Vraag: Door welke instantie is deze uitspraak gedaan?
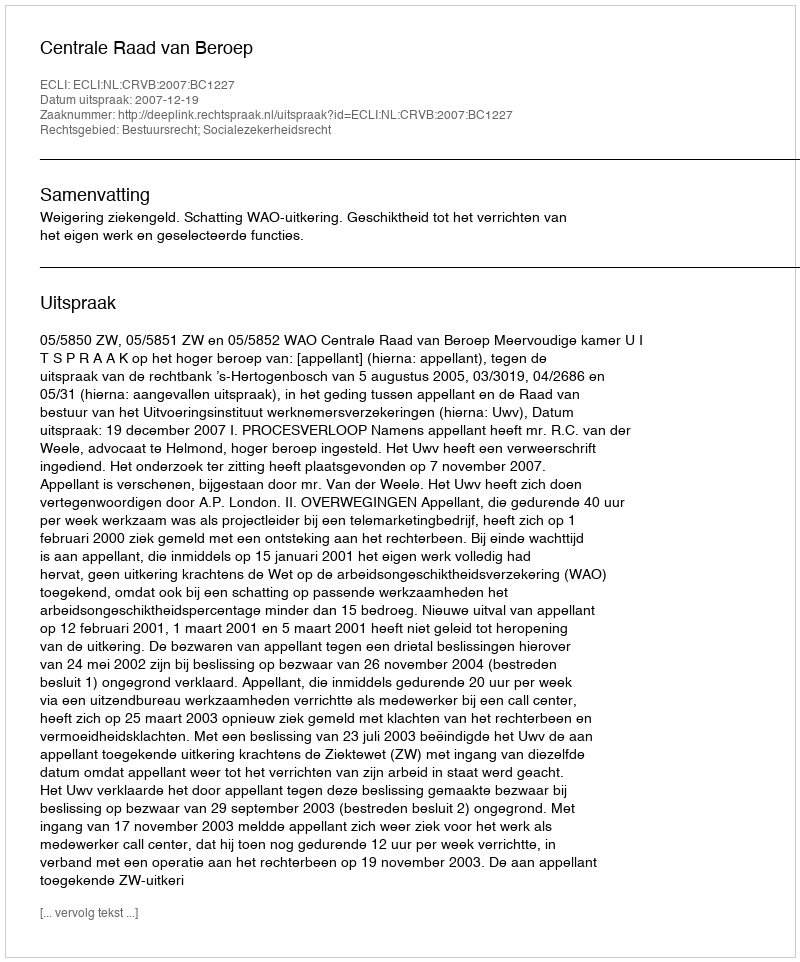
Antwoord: Centrale Raad van Beroep